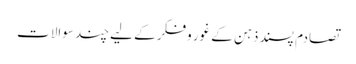
تصادم پسند ذہن کے غور وفکر کے لیے چند سوالات